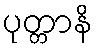
ပုတ္တာနိ